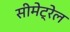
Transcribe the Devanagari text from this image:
सीमेट्रेल